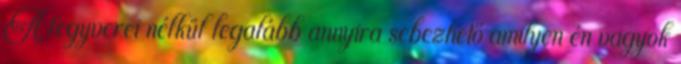
A fegyverei nélkül legalább annyira sebezhető amilyen én vagyok